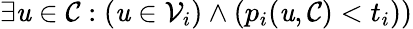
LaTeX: \exists\mathit{u}\in\mathcal{{C}}:(\mathit{u}\in\mathcal{{V}}_{i})\land(p_{i}(\mathit{u},\mathcal{{C}})<t_{i}))